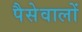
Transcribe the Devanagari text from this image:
पैसेवालों